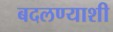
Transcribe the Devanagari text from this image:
बदलण्याशी